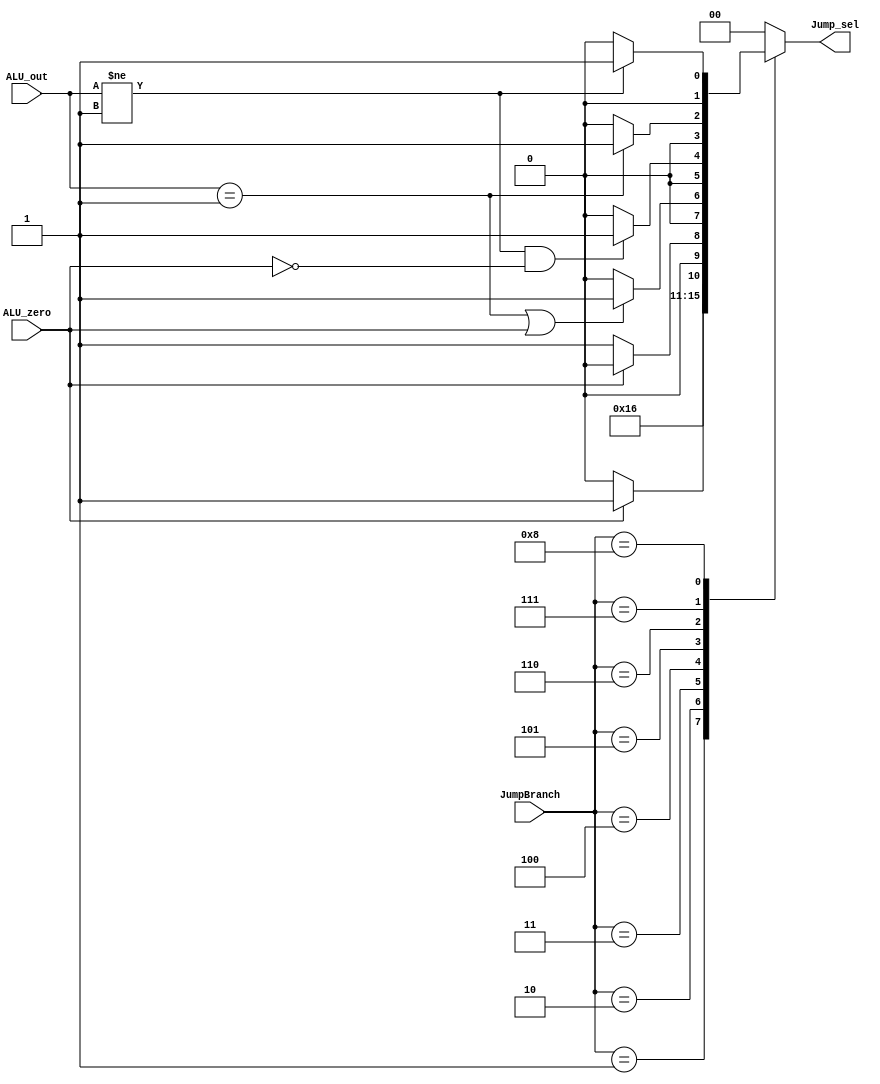
module JBLogic(
	input[3:0]	JumpBranch,
	input[31:0]	ALU_out,
	input		ALU_zero,
	output reg [1:0] Jump_sel
);

always@(*)begin
	case(JumpBranch)
		4'b0000://no jump
			Jump_sel = 2'b00;
		4'b0001://J,JAL
			Jump_sel = 2'b10;
		4'b0010://JR,JALR
			Jump_sel = 2'b11;
		4'b0011://BEQ
			if(ALU_zero) Jump_sel = 2'b01;
			else Jump_sel = 2'b00;
		4'b0100://BNE
			if(!ALU_zero) Jump_sel = 2'b01;
			else Jump_sel = 2'b00;
		4'b0101://BLEZ
			if(ALU_out == 32'd1 | ALU_zero) Jump_sel = 2'b01;
			else Jump_sel = 2'b00;
		4'b0110://BGTZ
			if(ALU_out != 32'd1 & !ALU_zero) Jump_sel = 2'b01;
			else Jump_sel = 2'b00;
		4'b0111://BLTZ
			if(ALU_out == 32'd1) Jump_sel = 2'b01;
			else Jump_sel = 2'b00;
		4'b1000://BGEZ
			if(ALU_out != 32'd1) Jump_sel = 2'b01;
			else Jump_sel = 2'b00;
		default:
			Jump_sel = 2'b00;
	endcase
end

endmodule